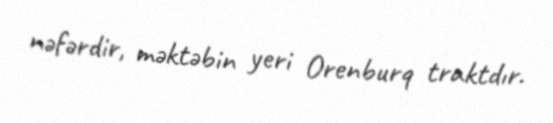
nəfərdir, məktəbin yeri Orenburq traktdır.